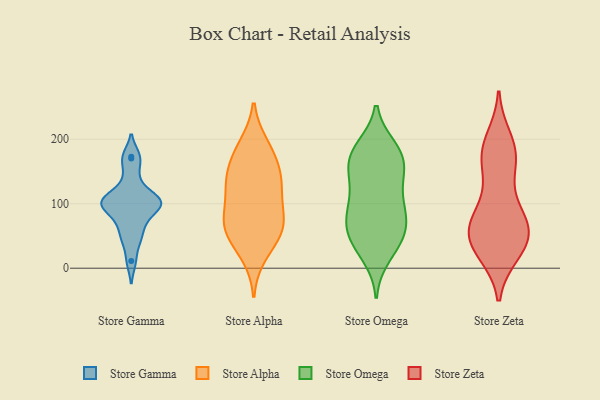
{"axis": {"x": "Production Output", "y": "Value"}, "legend": ["Store Alpha", "Store Gamma", "Store Omega", "Store Zeta"], "data": [{"x": "", "y": 104, "type": "Store Gamma"}, {"x": "", "y": 97, "type": "Store Gamma"}, {"x": "", "y": 49, "type": "Store Gamma"}, {"x": "", "y": 173, "type": "Store Gamma"}, {"x": "", "y": 105, "type": "Store Gamma"}, {"x": "", "y": 75, "type": "Store Gamma"}, {"x": "", "y": 100, "type": "Store Gamma"}, {"x": "", "y": 141, "type": "Store Gamma"}, {"x": "", "y": 47, "type": "Store Gamma"}, {"x": "", "y": 116, "type": "Store Gamma"}, {"x": "", "y": 105, "type": "Store Gamma"}, {"x": "", "y": 11, "type": "Store Gamma"}, {"x": "", "y": 170, "type": "Store Gamma"}, {"x": "", "y": 78, "type": "Store Gamma"}, {"x": "", "y": 99, "type": "Store Gamma"}, {"x": "", "y": 117, "type": "Store Alpha"}, {"x": "", "y": 143, "type": "Store Alpha"}, {"x": "", "y": 78, "type": "Store Alpha"}, {"x": "", "y": 168, "type": "Store Alpha"}, {"x": "", "y": 42, "type": "Store Alpha"}, {"x": "", "y": 63, "type": "Store Alpha"}, {"x": "", "y": 132, "type": "Store Alpha"}, {"x": "", "y": 73, "type": "Store Alpha"}, {"x": "", "y": 117, "type": "Store Alpha"}, {"x": "", "y": 185, "type": "Store Alpha"}, {"x": "", "y": 65, "type": "Store Alpha"}, {"x": "", "y": 64, "type": "Store Alpha"}, {"x": "", "y": 144, "type": "Store Alpha"}, {"x": "", "y": 190, "type": "Store Alpha"}, {"x": "", "y": 21, "type": "Store Alpha"}, {"x": "", "y": 91, "type": "Store Omega"}, {"x": "", "y": 45, "type": "Store Omega"}, {"x": "", "y": 53, "type": "Store Omega"}, {"x": "", "y": 103, "type": "Store Omega"}, {"x": "", "y": 180, "type": "Store Omega"}, {"x": "", "y": 174, "type": "Store Omega"}, {"x": "", "y": 34, "type": "Store Omega"}, {"x": "", "y": 166, "type": "Store Omega"}, {"x": "", "y": 139, "type": "Store Omega"}, {"x": "", "y": 75, "type": "Store Omega"}, {"x": "", "y": 143, "type": "Store Omega"}, {"x": "", "y": 72, "type": "Store Omega"}, {"x": "", "y": 94, "type": "Store Omega"}, {"x": "", "y": 130, "type": "Store Omega"}, {"x": "", "y": 19, "type": "Store Omega"}, {"x": "", "y": 161, "type": "Store Omega"}, {"x": "", "y": 74, "type": "Store Omega"}, {"x": "", "y": 183, "type": "Store Omega"}, {"x": "", "y": 187, "type": "Store Omega"}, {"x": "", "y": 43, "type": "Store Omega"}, {"x": "", "y": 66, "type": "Store Zeta"}, {"x": "", "y": 177, "type": "Store Zeta"}, {"x": "", "y": 46, "type": "Store Zeta"}, {"x": "", "y": 188, "type": "Store Zeta"}, {"x": "", "y": 108, "type": "Store Zeta"}, {"x": "", "y": 175, "type": "Store Zeta"}, {"x": "", "y": 65, "type": "Store Zeta"}, {"x": "", "y": 169, "type": "Store Zeta"}, {"x": "", "y": 24, "type": "Store Zeta"}, {"x": "", "y": 77, "type": "Store Zeta"}, {"x": "", "y": 24, "type": "Store Zeta"}, {"x": "", "y": 51, "type": "Store Zeta"}, {"x": "", "y": 147, "type": "Store Zeta"}, {"x": "", "y": 200, "type": "Store Zeta"}, {"x": "", "y": 39, "type": "Store Zeta"}, {"x": "", "y": 65, "type": "Store Zeta"}, {"x": "", "y": 33, "type": "Store Zeta"}, {"x": "", "y": 77, "type": "Store Zeta"}]}